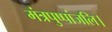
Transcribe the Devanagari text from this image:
मंत्रपुष्पांजलि।